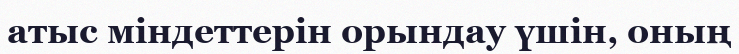
атыс міндеттерін орындау үшін, оның